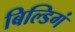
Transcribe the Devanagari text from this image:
बिल्डिगं